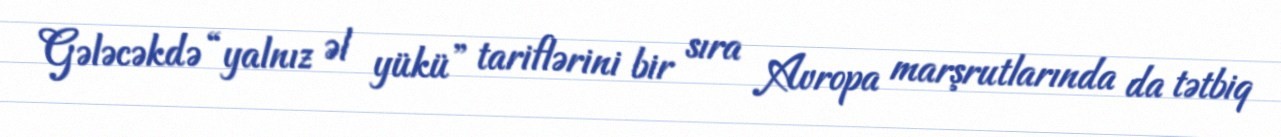
Gələcəkdə “yalnız əl yükü” tariflərini bir sıra Avropa marşrutlarında da tətbiq